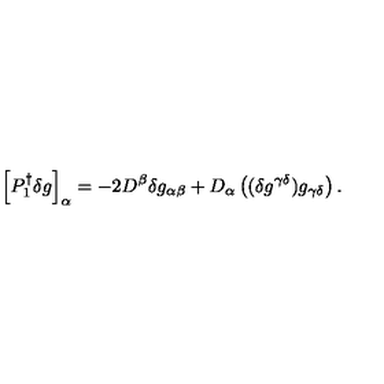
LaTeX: \left[ P _ { 1 } ^ { \dagger } \delta g \right] _ { \alpha } = - 2 D ^ { \beta } \delta g _ { \alpha \beta } + D _ { \alpha } \left( ( \delta g ^ { \gamma \delta } ) g _ { \gamma \delta } \right) .